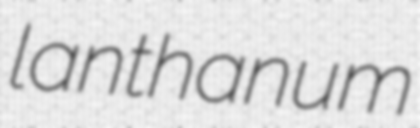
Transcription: lanthanum